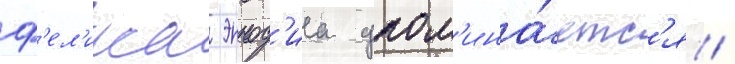
ф'ел'икса эннод'иа упом'ина́етс'я /